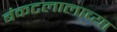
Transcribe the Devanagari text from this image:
बंकटलालाच्या